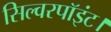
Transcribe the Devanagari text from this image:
सिल्वरपॉइंट।